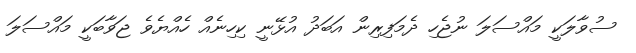
ސުވާލަކީ މައްސަލަ ނުޖެހި ދެމަފިރިން އަބަދު އުޅޭނީ ކިހިނެއް ހެއްޔެވެ ޖަވާބަކީ މައްސަލަ